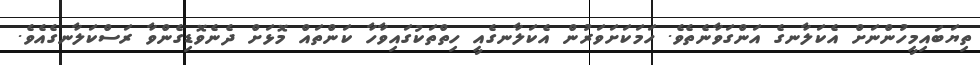
ތިޔަބައިމީހުންނަށް އެކަލާނގެ އަންގަވާނެތެވެ. ހަމަކަށަވަރުން އެކަލާނގެއީ ހިތްތަކުގައިވާހާ ކަންތައް މޮޅަށް ދެނެވޮޑިގެންވާ ރަސްކަލާނގެއެވެ.